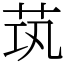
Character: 茿